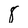
Character: 8